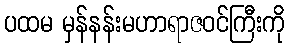
ပထမ မှန်နန်းမဟာရာဇဝင်ကြီးကို